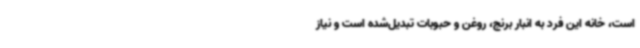
است، خانه این فرد به انبار برنج، روغن و حبوبات تبدیل‌شده است و نیاز